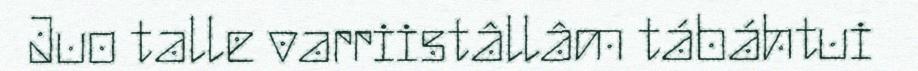
Juo talle varriistâllâm tábáhtui